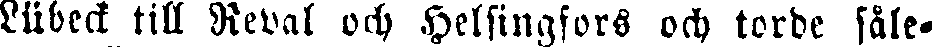
Lübeck till Reval och Helsingfors och torde såle-